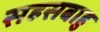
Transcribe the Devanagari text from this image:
सहसबाहु